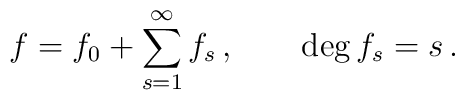
f=f_0+\sum_{s=1}^\infty f_s\,,\qquad \deg{f_s}=s\,.